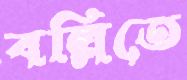
বল্লিতে